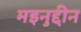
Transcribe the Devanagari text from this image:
मइनुद्दीन